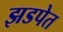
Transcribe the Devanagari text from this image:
झडपेत